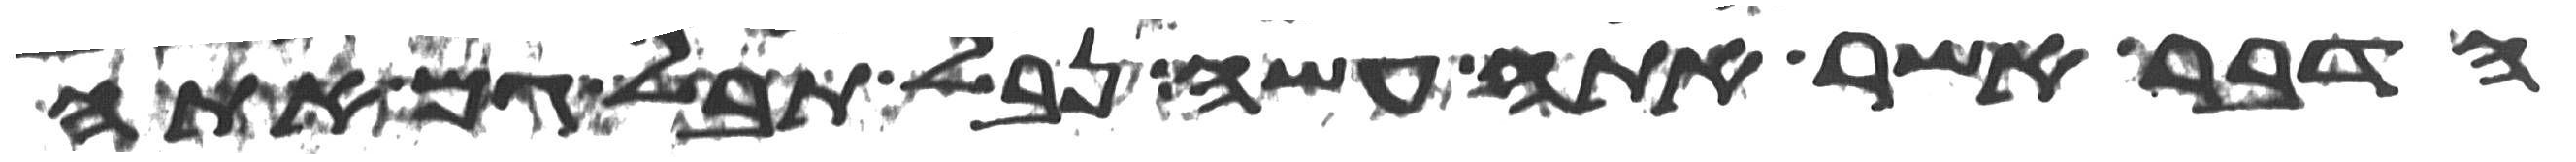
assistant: הדבר אשר אתה עשה נבל תבל גם אתה